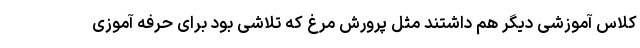
کلاس آموزشی دیگر هم داشتند مثل پرورش مرغ که تلاشی بود برای حرفه آموزی